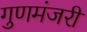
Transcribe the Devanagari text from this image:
गुणमंजरी